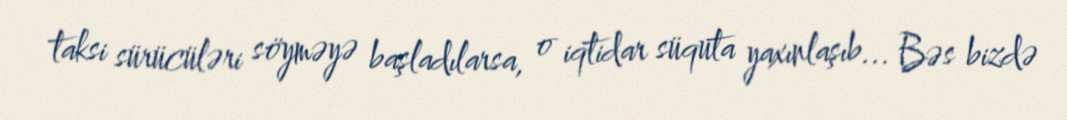
taksi sürücüləri söyməyə başladılarsa, o iqtidar süquta yaxınlaşıb... Bəs bizdə